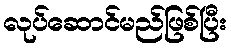
လုပ်ဆောင်မည်ဖြစ်ပြီး